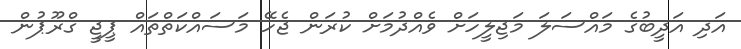
އަދި އަދީބުގެ މައްސަލަ މަޖިލީހަށް ވެއްދުމަށް ކުރަން ޖެހޭ މަސައްކަތްތައް ޕީޖީ ގްރޫޕުން